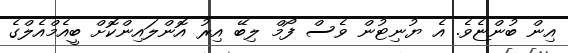
އިން ބުންޏެވެ. އެ ޔުނިޓުން ވެސް ފޯމް ލިބޭ އިރު އޮންލައިންކޮށް ބީއެމްއެލްގެ